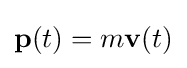
\mathbf {p} (t)=m\mathbf {v} (t)